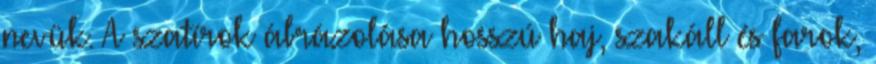
nevük. A szatírok ábrázolása hosszú haj, szakáll és farok,